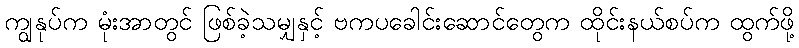
ကျွနုပ်က မုံးအာတွင် ဖြစ်ခဲ့သမျှနှင့် ဗကပခေါင်းဆောင်တွေက ထိုင်းနယ်စပ်က ထွက်ဖို့